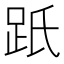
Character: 䟗